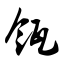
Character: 瓴